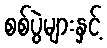
စစ်ပွဲများနှင့်